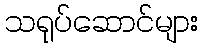
သရုပ်ဆောင်များ